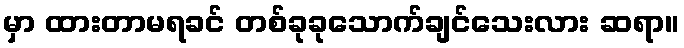
မှာ ထားတာမရခင် တစ်ခုခုသောက်ချင်သေးလား ဆရာ။